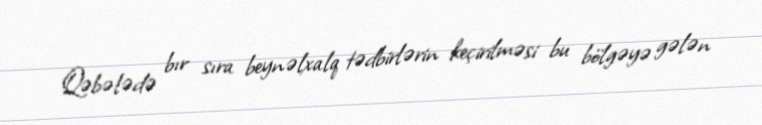
Qəbələdə bır sıra beynəlxalq tədbirlərin keçirilməsi bu bölgəyə gələn